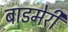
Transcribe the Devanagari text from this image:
बाडमेरी